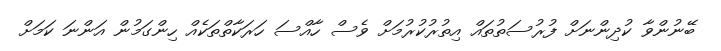
ބޭނުންވާ ކުދިންނަށް ފުރުސަތުތައް އިތުރުކުރުމަށް ވެސް ހާއްސަ ހަރަކާތްތަކެއް ހިންގަމުން އަންނަ ކަމަށް